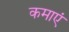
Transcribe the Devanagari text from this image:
कमाएं